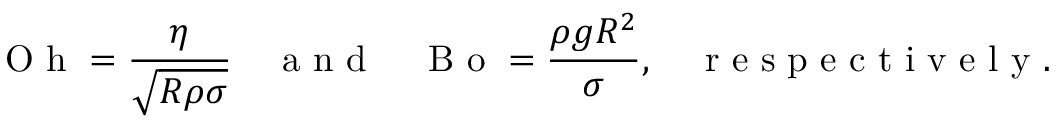
\mathrm { ~ O ~ h ~ } = \frac { \eta } { \sqrt { R \rho \sigma } } \quad \mathrm { ~ a ~ n ~ d ~ } \quad \mathrm { ~ B ~ o ~ } = \frac { \rho g R ^ { 2 } } { \sigma } , \quad \mathrm { ~ r ~ e ~ s ~ p ~ e ~ c ~ t ~ i ~ v ~ e ~ l ~ y ~ . ~ }